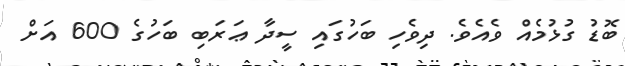
ބޮޑު ގުޅުމެއް ވެއެވެ. ދިވެހި ބަހުގައި ސީދާ ޢަރަބި ބަހުގެ 600 އަށް